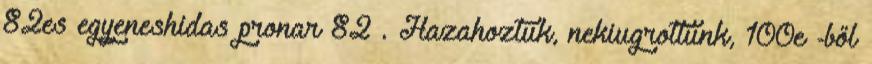
82es egyeneshidas pronar 82 . Hazahoztuk, nekiugrottunk, 100e -ből